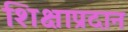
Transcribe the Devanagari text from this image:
शिक्षाप्रदान